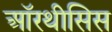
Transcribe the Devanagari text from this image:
ऑरथीसिस